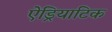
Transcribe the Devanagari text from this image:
ऐड्रियाटिक